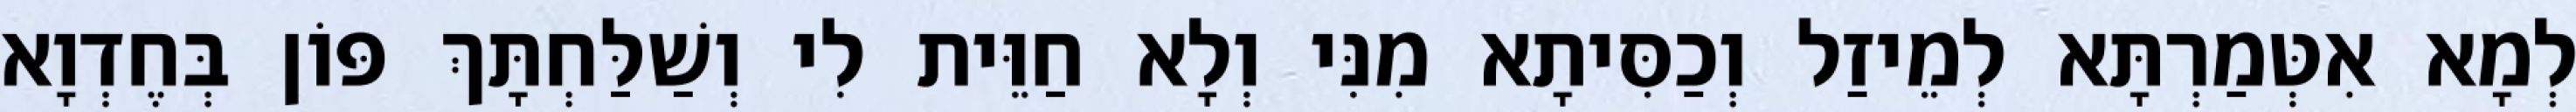
לְמָא אִטְּמַרְתָּא לְמֵיזַל וְכַסִּיתָא מִנִּי וְלָא חַוֵּית לִי וְשַׁלַּחְתָּךְ פּוֹן בְּחֶדְוָא